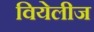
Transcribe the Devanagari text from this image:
वियेलीज